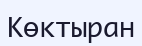
Көктыран